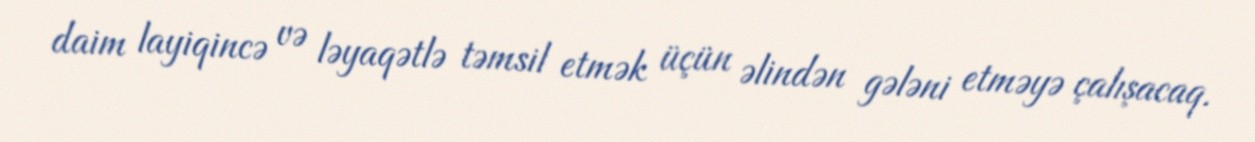
daim layiqincə və ləyaqətlə təmsil etmək üçün əlindən gələni etməyə çalışacaq.